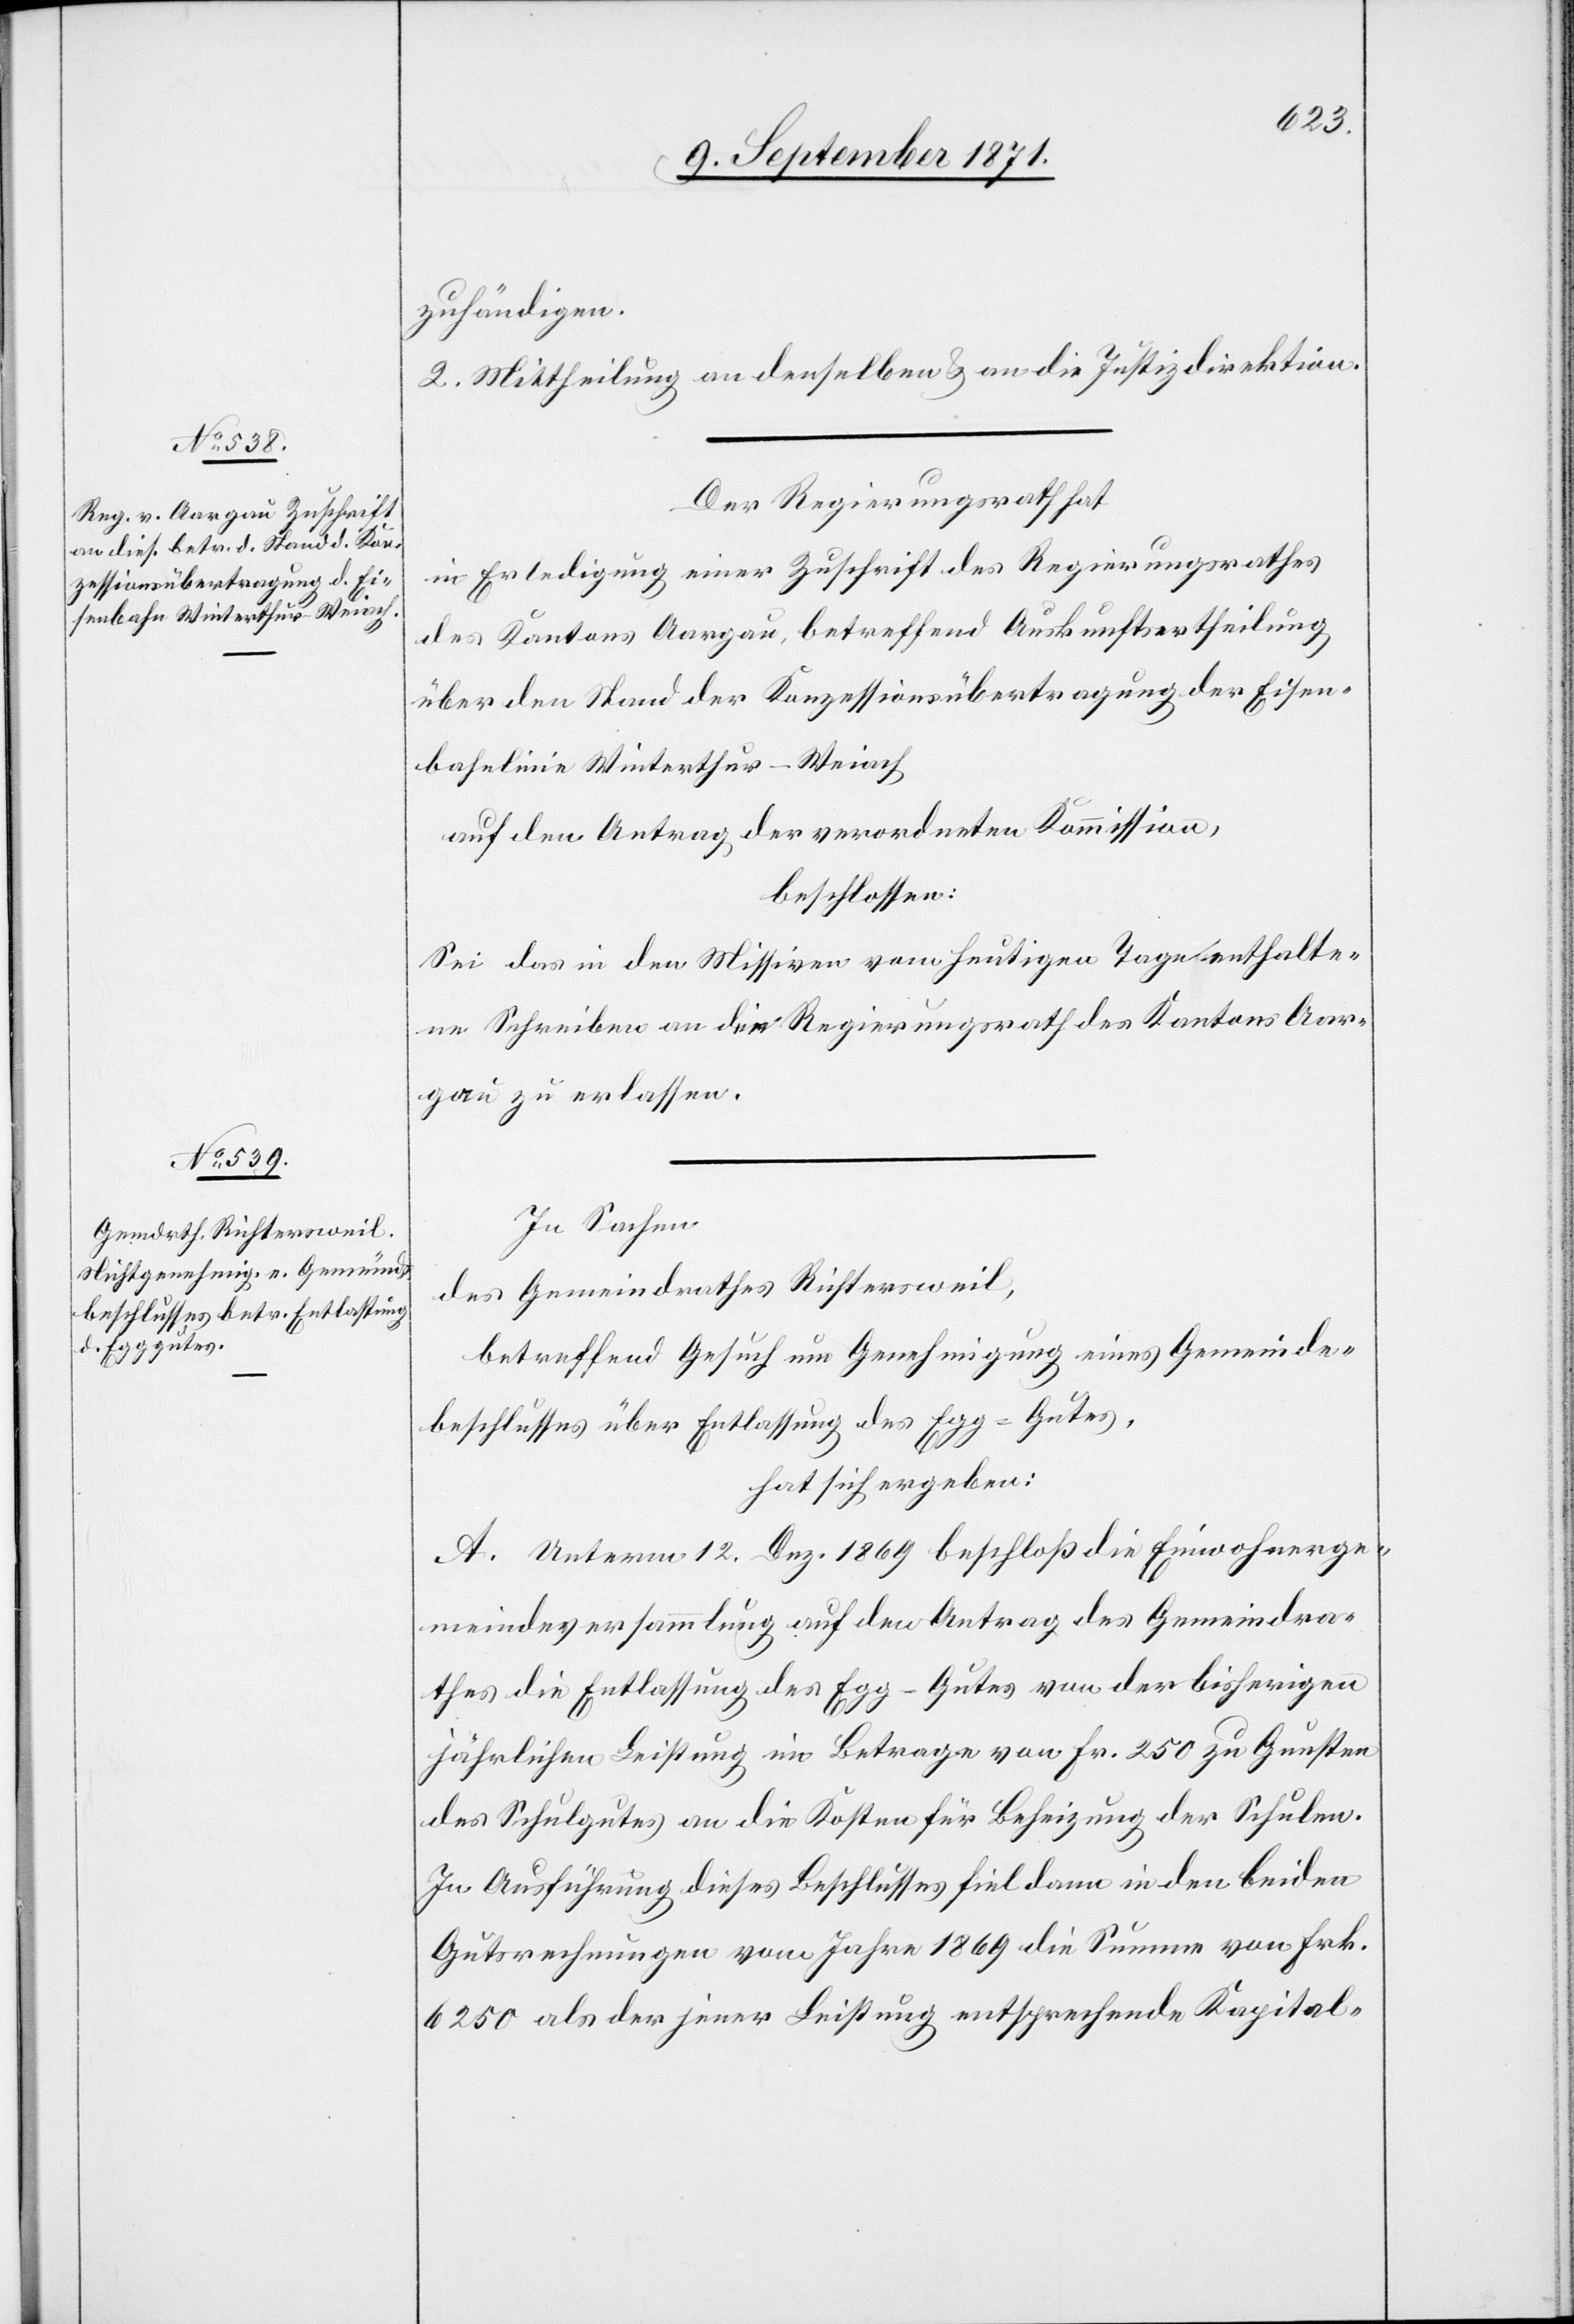
beschlusses über Entlassung
des Egg-Gutes,

zuhändigen.
2. Mittheilung an denselben & an die Justizdirektion.
Der Regierungsrath hat
in Erledigung einer Zuschrift des Regierungsrathes
des Kantons Aargau betreffend Auskunftsertheilung
über den Stand der Konzessionsübertragung der Eisen¬
bahnlinie Winterthur–Weiach
auf den Antrag der verordneten Kommission,
beschlossen:
Sei das in den Missiven vom heutigen Tage enthalte¬
ne Schreiben an den Regierungsrath des Kantons Aar¬
gau zu erlassen.
In Sachen
des Gemeindrathes Richtersweil,
betreffend Gesuch um Genehmigung eines Gemeinde¬
hat sich ergeben:
A. Unterm 12. Dez. 1869 beschloß die Einwohnerge¬
meindeversammlung auf den Antrag des Gemeindera¬
thes die Entlassung des Egg-Gutes von der bisherigen
jährlichen Leistung im Betrage von Fr. 250 zu Gunsten
des Schulgutes an die Kosten für Beheizung der Schulen.
In Ausführung dieses Beschlusses fiel dann in den beiden
Gutsrechnungen vom Jahr 1869 die Summe von Frk.
6250 als der jener Leistung entsprechende Kapital-